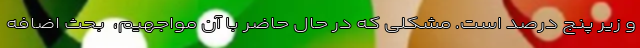
و زیر پنج درصد است. مشکلی که در حال حاضر با آن مواجهیم، ‌ بحث اضافه